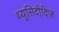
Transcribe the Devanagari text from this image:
थ्यूसिदीदिज़